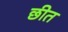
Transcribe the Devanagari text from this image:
छीत